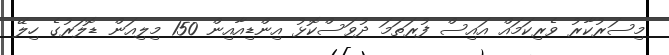
މިސަރުކާރު ވެރިކަމައް އައިސް ފުރަތަމަ ދުވަސްކޮޅު އިންޑިއާއިން 150 މިލިއަން ޑޮލަރުގެ ހިލޭ